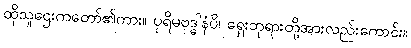
ထိုသူဌေးကတော်၏ကား။ ပုရိမဗုဒ္ဓါနံပိ၊ ရှေးဘုရားတို့အားလည်းကောင်း။